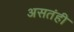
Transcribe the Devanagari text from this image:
असतंही